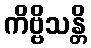
ကိဗ္ဗိသန္တိ